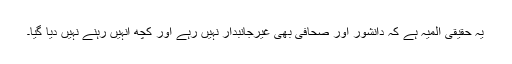
یہ حقیقی المیہ ہے کہ دانشور اور صحافی بھی غیرجانبدار نہیں رہے اور کچھ انہیں رہنے نہیں دیا گیا۔